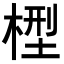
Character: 𣕭